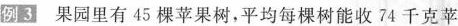
例3 果园里有45棵苹果树，平均每棵树能收74千克苹